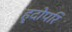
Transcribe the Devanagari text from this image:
हृदोपरि